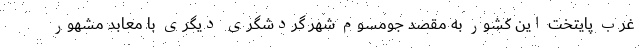
غرب پایتخت این کشور به مقصد جومسوم شهر گردشگری دیگری با معابد مشهور